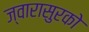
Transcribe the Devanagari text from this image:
ज्वारासुरकाे